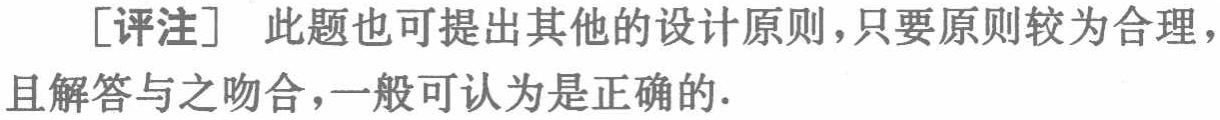
[评注] 此题也可提出其他的设计原则，只要原则较为合理，且解答与之吻合，一般可认为是正确的.